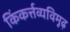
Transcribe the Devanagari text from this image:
किंकर्त्तव्यविमूढ़